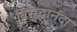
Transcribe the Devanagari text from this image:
विसुद्धानंदा